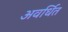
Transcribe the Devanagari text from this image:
अवर्धित